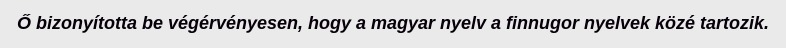
Ő bizonyította be végérvényesen, hogy a magyar nyelv a finnugor nyelvek közé tartozik.